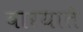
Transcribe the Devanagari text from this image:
वारयातै